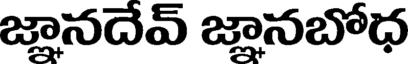
జ్ఞానదేవ్ జ్ఞానబోధ